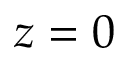
z = 0